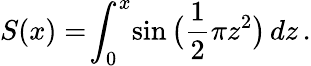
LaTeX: S(x)=\! \int_{0}^{x}\! \sin{\big(}{\frac{1}{2}}\pi z^{2}{\big)}\, dz\, .